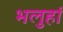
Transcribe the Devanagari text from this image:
भलुहां